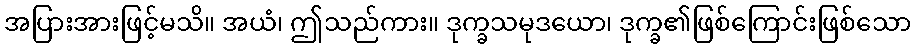
အပြားအားဖြင့်မသိ။ အယံ၊ ဤသည်ကား။ ဒုက္ခသမုဒယော၊ ဒုက္ခ၏ဖြစ်ကြောင်းဖြစ်သော